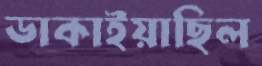
ডাকাইয়াছিল